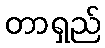
တာရှည်